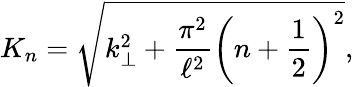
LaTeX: K_{n}=\sqrt{k_{\bot}^{2}+\frac{\pi^{2}}{\ell^{2}}\left(n+\frac{1}{2}\right)^{2}},